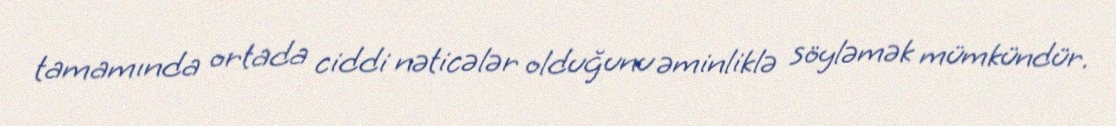
tamamında ortada ciddi nəticələr olduğunu əminliklə söyləmək mümkündür.